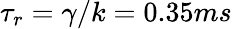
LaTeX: \tau_{r}=\gamma/k=0.35ms